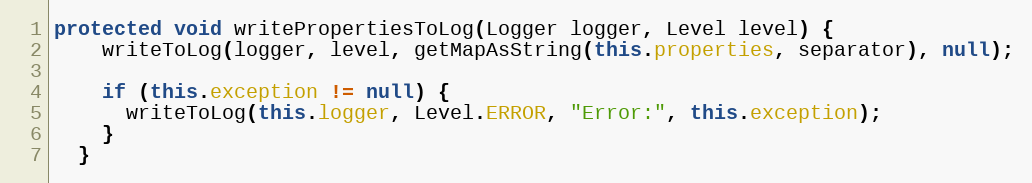
Language: Java
protected void writePropertiesToLog(Logger logger, Level level) {
    writeToLog(logger, level, getMapAsString(this.properties, separator), null);

    if (this.exception != null) {
      writeToLog(this.logger, Level.ERROR, "Error:", this.exception);
    }
  }